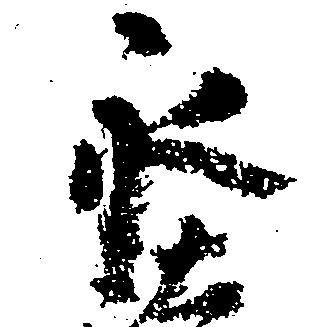
永